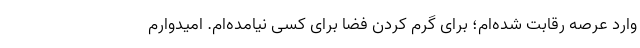
وارد عرصه رقابت شده‌ام؛ برای گرم کردن فضا برای کسی نیامده‌ام. امیدوارم